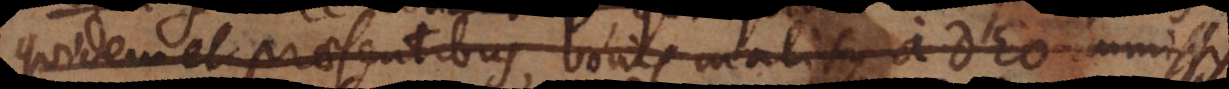
quidem et praesentibus, bonis malisque a Deo immissis